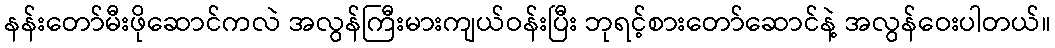
နန်းတော်မီးဖိုဆောင်ကလဲ အလွန်ကြီးမားကျယ်ဝန်းပြီး ဘုရင့်စားတော်ဆောင်နဲ့ အလွန်ဝေးပါတယ်။